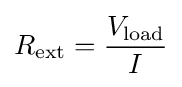
R_{\mathrm {ext} }={V_{\mathrm {load} } \over I}\,\!